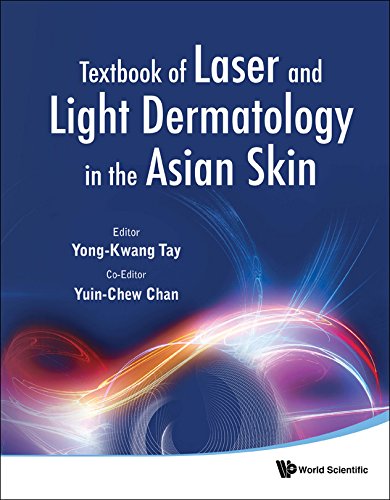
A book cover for Textbook of Laser and Light Dermatology in the Asian Skin; Yong-Kwang Tay; Medical Books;